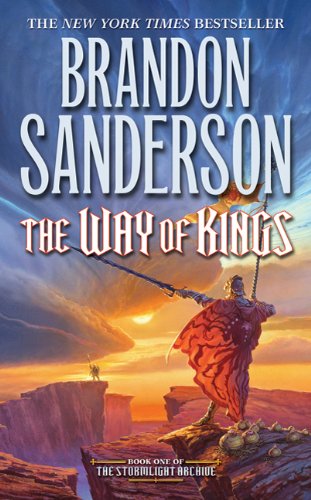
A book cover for The Way of Kings (Stormlight Archive, The); Brandon Sanderson; Science Fiction & Fantasy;